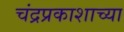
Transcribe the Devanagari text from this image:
चंद्रप्रकाशाच्या